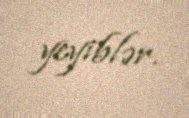
yeyiblər.